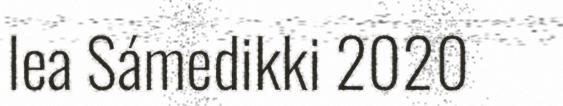
lea Sámedikki 2020